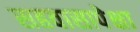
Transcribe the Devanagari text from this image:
सहवासापेक्षा